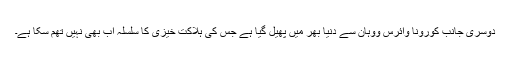
دوسری جانب کورونا وائرس ووہان سے دنیا بھر میں پھیل گیا ہے جس کی ہلاکت خیزی کا سلسلہ اب بھی نہیں تھم سکا ہے۔